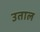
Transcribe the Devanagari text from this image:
उताल